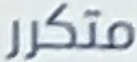
متكرر